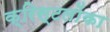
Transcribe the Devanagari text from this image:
क्रिस्टलोंका